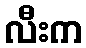
လီးက